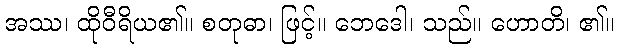
အဿ၊ ထိုဝီရိယ၏။ စတုဓာ၊ ဖြင့်။ ဘေဒေါ၊ သည်။ ဟောတိ၊ ၏။